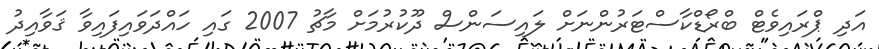
އަދި ޕްރައިވެޓް ބްރޯޑްކާސްޓަރުންނަށް ލައިސަންސް ދޫކުރުމަށް މާޗު 2007 ގައި ހައްދަވައިފައިވާ ޤަވާއިދު